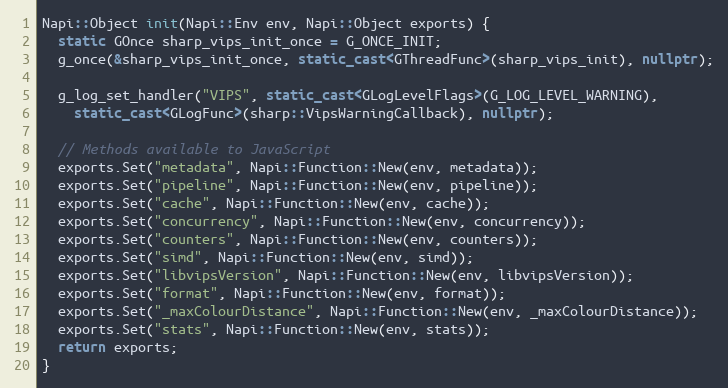
Language: C++
Napi::Object init(Napi::Env env, Napi::Object exports) {
  static GOnce sharp_vips_init_once = G_ONCE_INIT;
  g_once(&sharp_vips_init_once, static_cast<GThreadFunc>(sharp_vips_init), nullptr);

  g_log_set_handler("VIPS", static_cast<GLogLevelFlags>(G_LOG_LEVEL_WARNING),
    static_cast<GLogFunc>(sharp::VipsWarningCallback), nullptr);

  // Methods available to JavaScript
  exports.Set("metadata", Napi::Function::New(env, metadata));
  exports.Set("pipeline", Napi::Function::New(env, pipeline));
  exports.Set("cache", Napi::Function::New(env, cache));
  exports.Set("concurrency", Napi::Function::New(env, concurrency));
  exports.Set("counters", Napi::Function::New(env, counters));
  exports.Set("simd", Napi::Function::New(env, simd));
  exports.Set("libvipsVersion", Napi::Function::New(env, libvipsVersion));
  exports.Set("format", Napi::Function::New(env, format));
  exports.Set("_maxColourDistance", Napi::Function::New(env, _maxColourDistance));
  exports.Set("stats", Napi::Function::New(env, stats));
  return exports;
}